Report on vaccination in Madras 1904-1921 - 1904-1921
Year: 1904
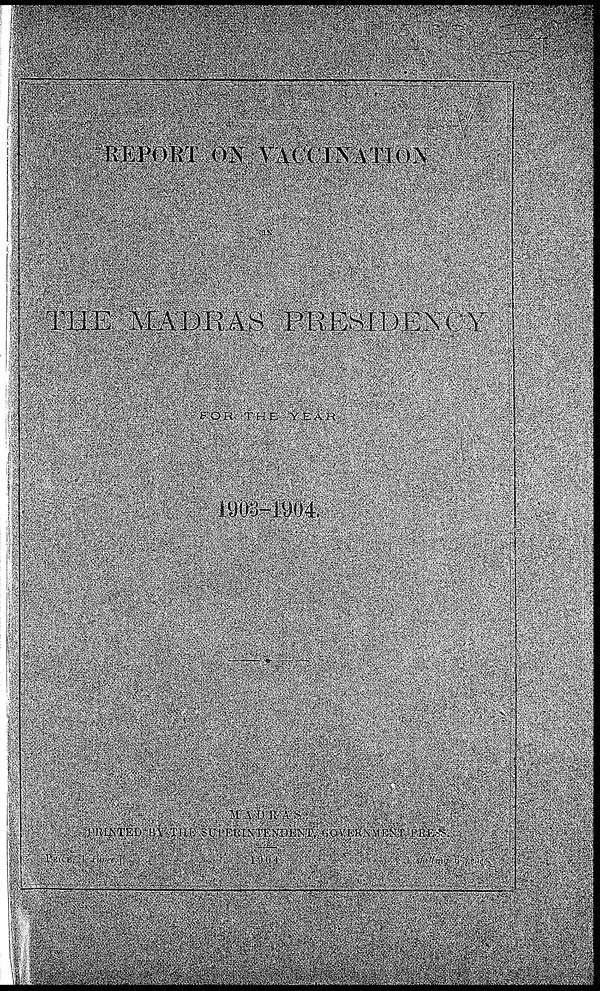
REPORT ON VACCINATION
IN
THE MADRAS PRESIDENCY
THE
YEAR
1903-1904
MADRAS
PRINTED BY THE SUPERINNTENDENT,GOVERNMENT PRESS
PRICE
1
ruppe.
1904.
1 shelling 6 pages.